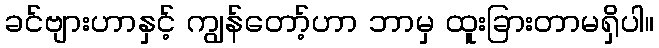
ခင်ဗျားဟာနှင့် ကျွန်တော့်ဟာ ဘာမှ ထူးခြားတာမရှိပါ။